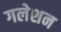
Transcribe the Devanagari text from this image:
गलेशन